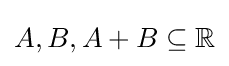
{\textstyle A,B,A+B\subseteq \mathbb {R} }